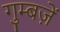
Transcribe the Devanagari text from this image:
गुम्बज़ें